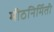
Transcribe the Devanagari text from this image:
मीठनिर्मिती